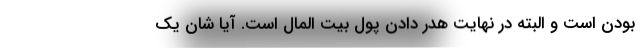
بودن است و البته در نهایت هدر دادن پول بیت المال است. آیا شان یک